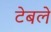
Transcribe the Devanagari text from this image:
टेबले